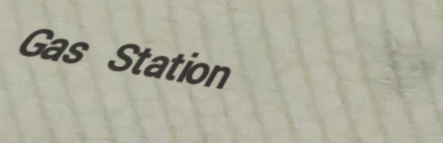
Gas Station